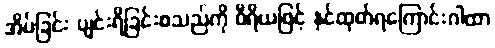
အိပ်ခြင်း ပျင်းရိခြင်းစသည်ကို ဝီရိယဖြင့် နှင်ထုတ်ရကြောင်းဂါထာ